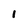
Character: 1